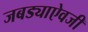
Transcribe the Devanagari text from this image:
जबड्याऐवजी